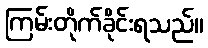
ကြမ်းတိုက်ခိုင်းရသည်။